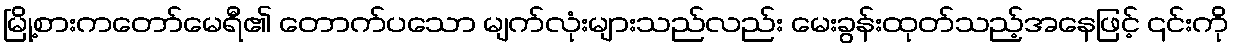
မြို့စားကတော်မေရီ၏ တောက်ပသော မျက်လုံးများသည်လည်း မေးခွန်းထုတ်သည့်အနေဖြင့် ၎င်းကို